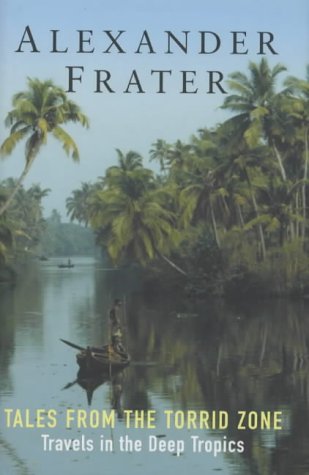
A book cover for Tales from the Torrid Zone: Travels in the Deep Tropics; Alexander Frater; Travel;